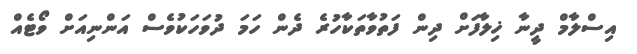
އިސްލާމް ދީނާ ޚިލާފަށް ދިން ފަތުވާތަކާހުރެ ދެން ހަމަ ދުވަހަކުވެސް އަންނިއަށް ވޯޓެއް